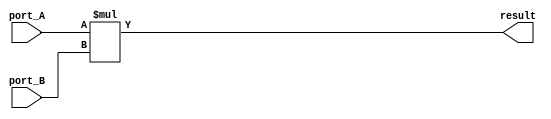
module prod #(parameter DATA_WIDTH = 8)(
	//inputs
	input signed [(DATA_WIDTH-1) : 0] port_A,
	input signed [(DATA_WIDTH-1) : 0] port_B,
	//outputs
	output signed [(DATA_WIDTH*2)-1 : 0] result
);

assign result = port_A * port_B;

endmodule